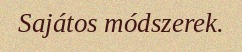
Sajátos módszerek.